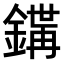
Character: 𨪇